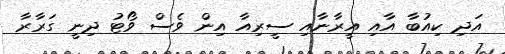
އަދި ކިއުބާ އާއި އީރާނާއި ސީރިއާ އިން ވެސް ވޯޓު ދިނީ ގަރާރާ